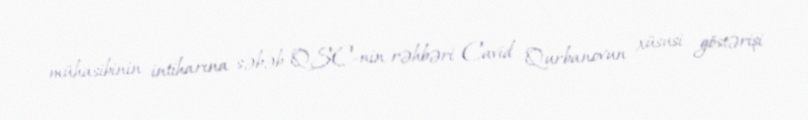
mühasibinin intiharına səbəb QSC-nin rəhbəri Cavid Qurbanovun xüsusi göstərişi